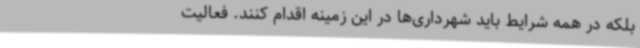
بلکه در همه شرایط باید شهرداری‌ها در این زمینه اقدام کنند. فعالیت